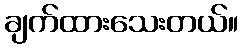
ချက်ထားသေးတယ်။